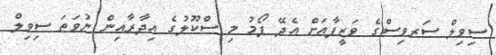
ސިވިލް ސަރވިސްގެ ވަޒީފާއަށް އެދޭ ފޯމު މި ސްކޫލުގެ އިދާރާއިން ނުވަތަ ސިވިލް